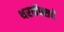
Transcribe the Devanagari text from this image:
थरमॅक्सचे